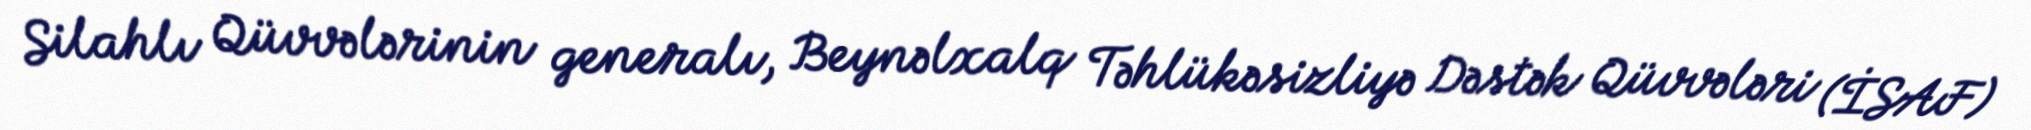
Silahlı Qüvvələrinin generalı, Beynəlxalq Təhlükəsizliyə Dəstək Qüvvələri (İSAF)